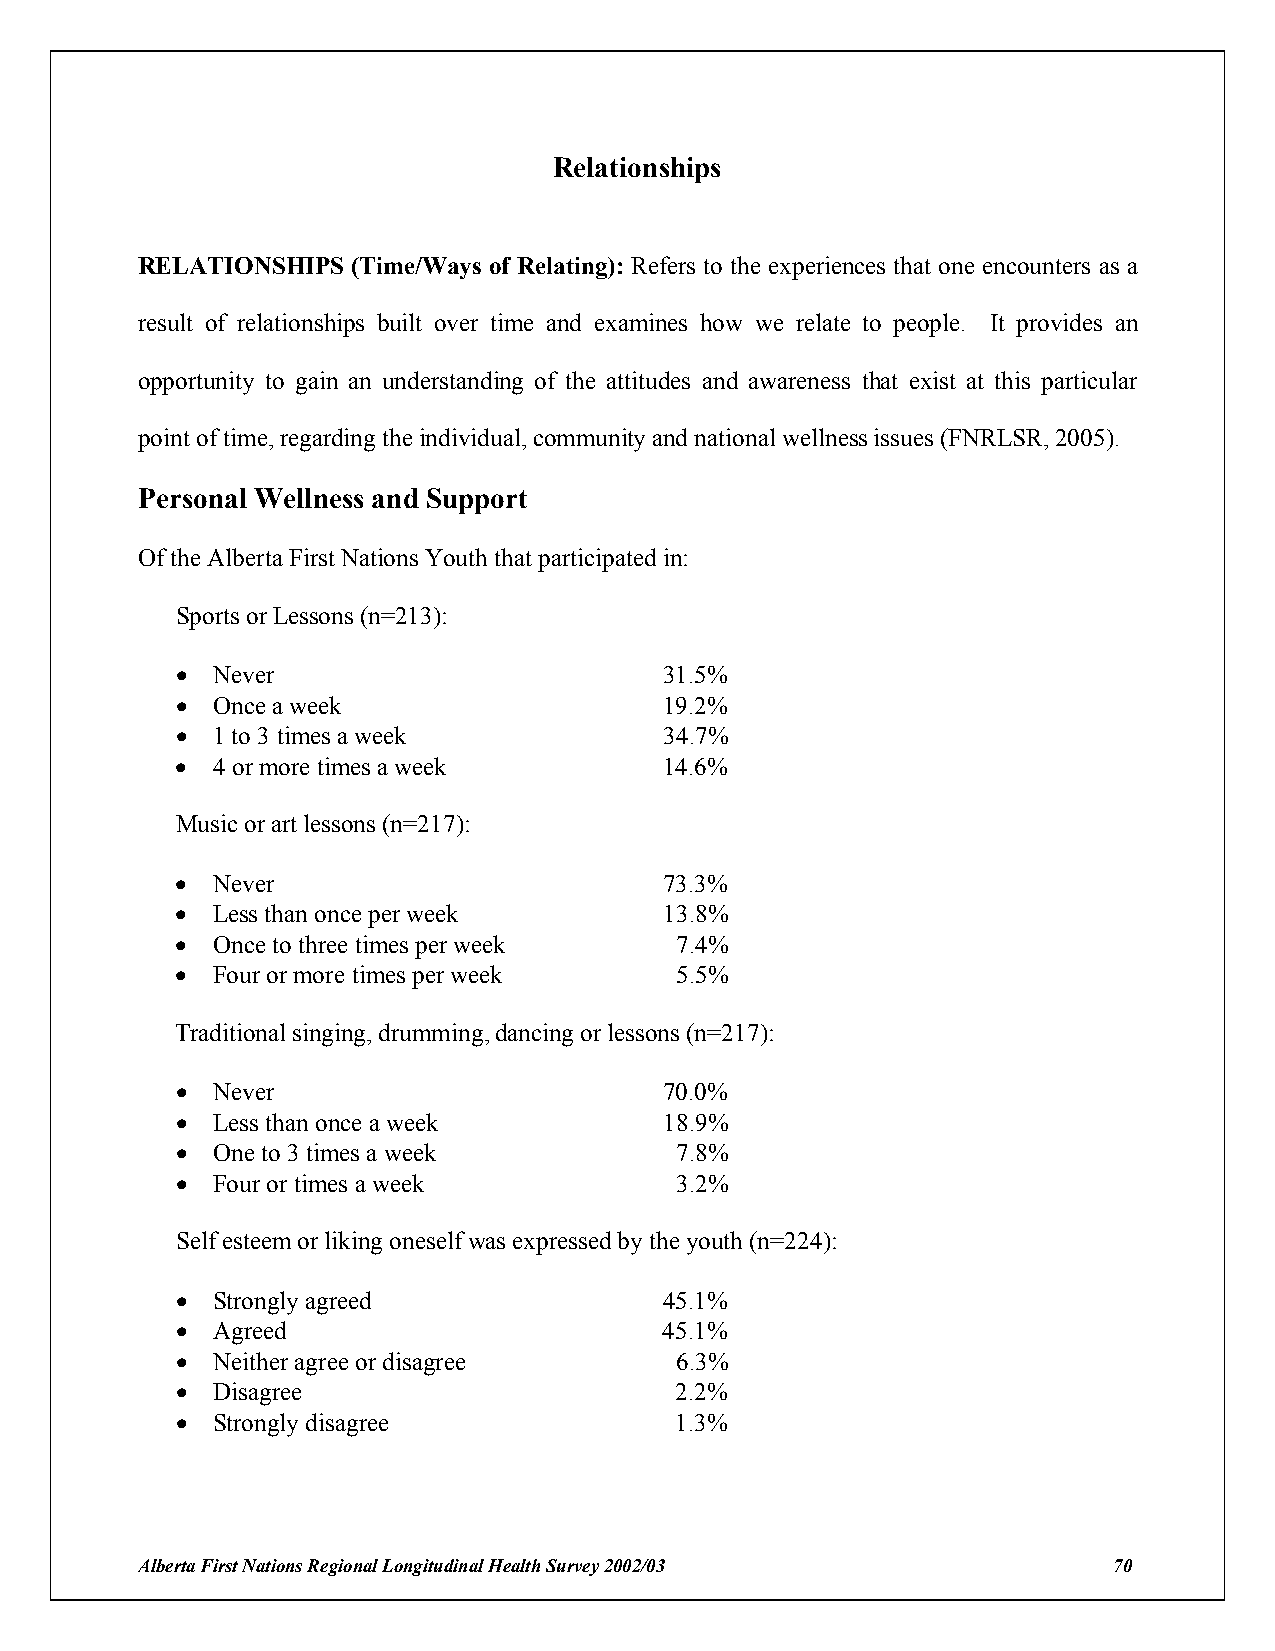
Relationships
 RELATIONSHIPS (Time/Ways of Relating): Refers to the experiences that one encounters as a
 result of relationships built over time and examines how we relate to people. It provides an
 opportunity to gain an understanding of the attitudes and awareness that exist at this particular
 point of time, regarding the individual, community and national wellness issues (FNRLSR, 2005).
 Personal Wellness and Support
 Of the Alberta First Nations Youth that participated in:
 Sports or Lessons (n=213):
 ! Never                         31.5%
 ! Once a week                   19.2%
 ! 1 to 3 times a week           34.7%
 ! 4 or more times a week        14.6%
 Music or art lessons (n=217):
 ! Never                         73.3%
 ! Less than once per week       13.8%
 ! Once to three times per week   7.4%
 ! Four or more times per week    5.5%
 Traditional singing, drumming, dancing or lessons (n=217):
 ! Never                         70.0%
 ! Less than once a week         18.9%
 ! One to 3 times a week          7.8%
 ! Four or times a week           3.2%
 Self esteem or liking oneself was expressed by the youth (n=224):
 ! Strongly agreed               45.1%
 ! Agreed                        45.1%
 ! Neither agree or disagree      6.3%
 ! Disagree                       2.2%
 ! Strongly disagree              1.3%
 Alberta First Nations Regional Longitudinal Health Survey 2002/03 70